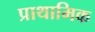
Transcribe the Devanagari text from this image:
प्राथामिक